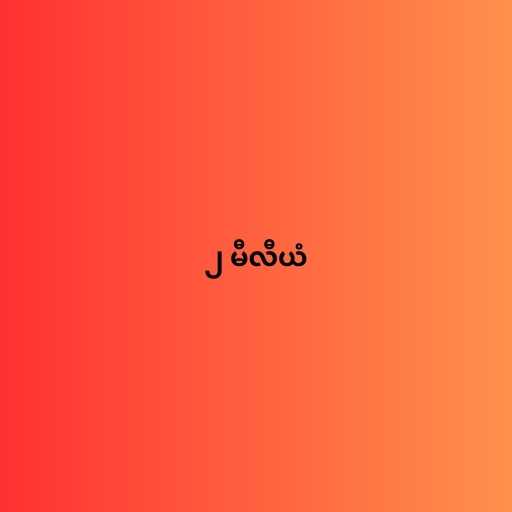
၂ မီလီယံ